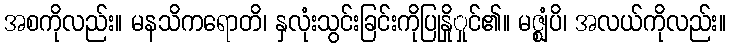
အစကိုလည်း။ မနသိကရောတိ၊ နှလုံးသွင်းခြင်းကိုပြုနှိုှုင်၏။ မဇ္ဈံပိ၊ အလယ်ကိုလည်း။